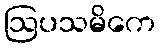
ဩပသမိကေ